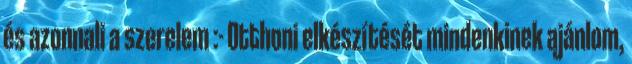
és azonnali a szerelem :- Otthoni elkészítését mindenkinek ajánlom,